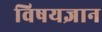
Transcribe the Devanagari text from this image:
विषयज्ञान